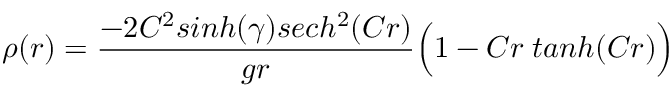
\rho ( r ) = { \frac { - 2 C ^ { 2 } s i n h ( \gamma ) s e c h ^ { 2 } ( C r ) } { g r } } \Big ( 1 - C r \; t a n h ( C r ) \Big )